Scottish Leaving Certificate Examination, 1961
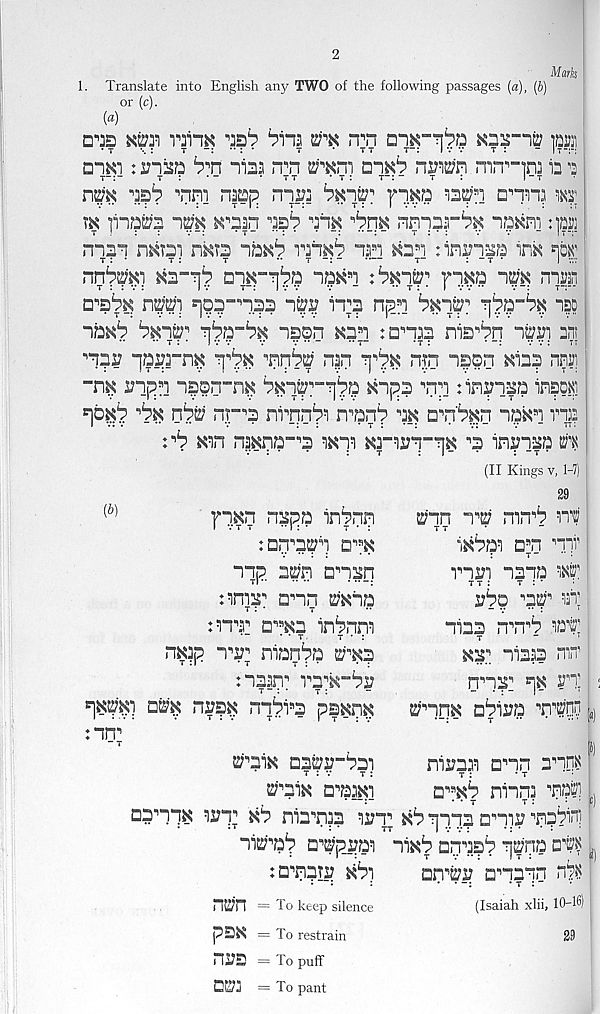
2
Marts
1. Translate into English any TWO of the following passages [a), (b)
or (c).
(«)
D'B xm rrn$ ^
wx n;n
)ajj!]
□iKi :unija
niaa n^n 2?'^m nixb nrWn mrp~in] t’a
n?7K
naap m^a
-asan anna axr
tk
")#k
• , aa i ? “aix ^hk nnpnr^ i?Hni :]m
mai
mis imb van^b na s T ^n s T : insn^a ink nos 1
t : *
t :
t
•• t -: -
t~
: “t *
I v:v ;
nn^kl
"i/3k s i :
sm nnp
□'’s^k n^'i p]93“n.?3 n^ It? npn
^
ibk^
n?sn knn : ana? nia^q
an;
^51? qaa?a“nk
n?n
n ; tn naon ^iaa? nn?]
-nk 2?npn n?on”nk
knp? "nn tinrisa in?o^i
'i# 0^ nr' 1 ? ni^nn^a n^np 'ax o^n'PkD "ibkn via?
xan naxnb“ , 3 axna xa-arn-qx ■’3 an^iaa ^
(II Kings v, 1-7) j
(6)
7p.xn naspp anpnn
:Dq n 5Pi Q ns x
nnp 22;n Dnaan
:amr ann t^xna
t :
t
:a“!T a^sxn anPnna
• * t
t * :
nxap n , I; , naanPa E/^xa
naarr a^X”Pa?
qxipx’]
nrax nqpi s 5 psxnx
nrr - T
ta;nn n^ nan^P ait
T T
ixP?3a D a n nil'
:
t~
■
mwa -ma m
tt:
t : *
i7po ,, 5t 1
nana n^n^P aat;
xar niaa? mn 1
n a nT ^x P’l!
^'inx aPaa;/? 'n't’’
narnaa □"‘an 3 1 10«
t :
• t
□" s xP nanna "np^l
^"□ax Q^irPraa t : v
t :
^"□ax □"□axa
□□""Hx arq^ xP nan"na? ai?T xP qnns □"nat "ripPinj
ni^ap □"itproa naxP Dratsp q^nb
:D"n3Ti? xPa
an"^!? □■’n^nn
n2?n = To keep silence
(Isaiah xlii, 10-W)
pSX = To restrain
29
ni?S = To puff
St/a = To pant